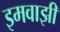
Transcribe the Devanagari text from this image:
इमवाझी